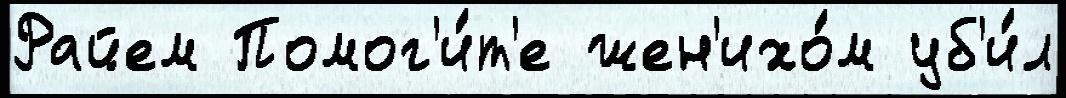
Райем Помог'и́т'е жен'ихо́м уб'и́л